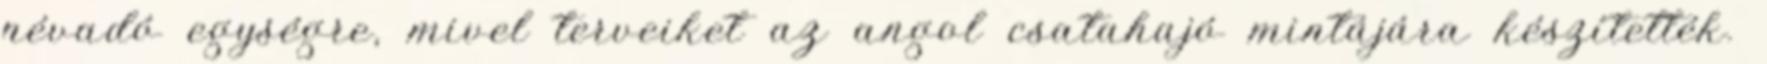
névadó egységre, mivel terveiket az angol csatahajó mintájára készítették.